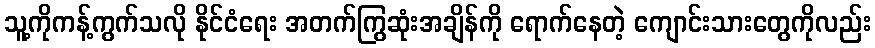
သူ့ကိုကန့်ကွက်သလို နိုင်ငံရေး အတက်ကြွဆုံးအချိန်ကို ရောက်နေတဲ့ ကျောင်းသားတွေကိုလည်း